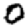
Digit: 0